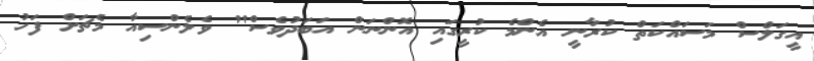
އީގަލްސް މަސައްކަތް ކުރާނީ އެންމެ ކުރީގައި އޮންނަން އަބަދުވެސް" ވެލެންސިއާ މެޗަށް ފަހު